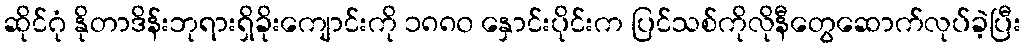
ဆိုင်ဂုံ နိုတာဒိန်းဘုရားရှိခိုးကျောင်းကို ၁၈၈၀ နှောင်းပိုင်းက ပြင်သစ်ကိုလိုနီတွေဆောက်လုပ်ခဲ့ပြီး